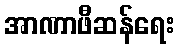
အာဏာဖီဆန်ရေး